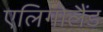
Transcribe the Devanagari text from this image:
एलिगोलैंड